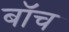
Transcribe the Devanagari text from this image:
बॉच